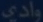
وادی